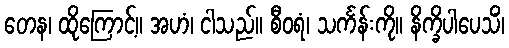
တေန၊ ထိုကြောင့်။ အဟံ၊ ငါသည်။ စီဝရံ၊ သင်္ကန်းကို။ နိက္ခိပါပေသိံ၊